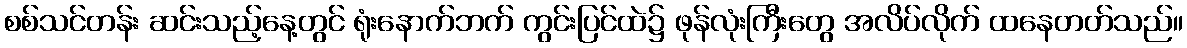
စစ်သင်တန်း ဆင်းသည့်နေ့တွင် ရုံးနောက်ဘက် ကွင်းပြင်ထဲ၌ ဖုန်လုံးကြီးတွေ အလိပ်လိုက် ထနေတတ်သည်။